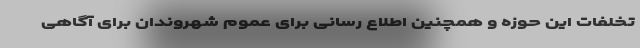
تخلفات این حوزه و همچنین اطلاع رسانی برای عموم شهروندان برای آگاهی